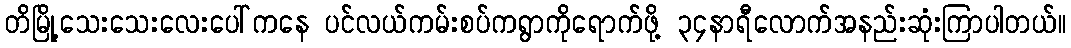
တိမြို့သေးသေးလေးပေါ်ကနေ ပင်လယ်ကမ်းစပ်ကရွာကိုရောက်ဖို့ ၃၄နာရီလောက်အနည်းဆုံးကြာပါတယ်။